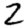
Digit: 2